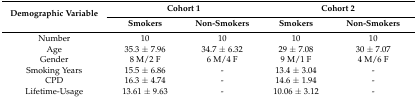
<table><thead><tr><td rowspan="2"><b>Demographic Variable</b></td><td colspan="2"><b>Cohort 1</b></td><td colspan="2"><b>Cohort 2</b></td></tr><tr><td><b>Smokers</b></td><td><b>Non-Smokers</b></td><td><b>Smokers</b></td><td><b>Non-Smokers</b></td></tr></thead><tbody><tr><td>Number</td><td>10</td><td>10</td><td>10</td><td>10</td></tr><tr><td>Age</td><td>35.3 ± 7.96</td><td>34.7 ± 6.32</td><td>29 ± 7.08</td><td>30 ± 7.07</td></tr><tr><td>Gender</td><td>8 M/2 F</td><td>6 M/4 F</td><td>9 M/1 F</td><td>4 M/6 F</td></tr><tr><td>Smoking Years</td><td>15.5 ± 6.86</td><td>-</td><td>13.4 ± 3.04</td><td>-</td></tr><tr><td>CPD</td><td>16.3 ± 4.74</td><td>-</td><td>14.6 ± 1.94</td><td>-</td></tr><tr><td>Lifetime-Usage</td><td>13.61 ± 9.63</td><td>-</td><td>10.06 ± 3.12</td><td>-</td></tr></tbody></table>